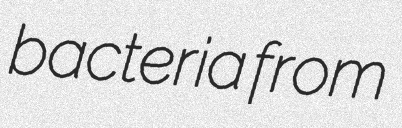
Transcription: bacteria from